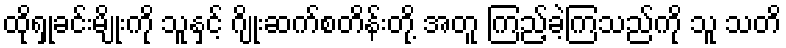
ထိုရှုခင်းမျိုးကို သူနှင့် ဂျိုးဆက်စတိန်းတို့ အတူ ကြည့်ခဲ့ကြသည်ကို သူ သတိ